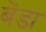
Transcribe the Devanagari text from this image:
बेंडा